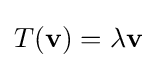
T(\mathbf {v} )=\lambda \mathbf {v}